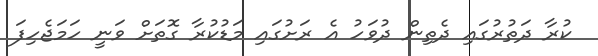
ކުރާ ދަތުރުގައި ދެތިން ދުވަހު އެ ރަށުގައި މަޑުކުރާ ގޮތަށް ވަނީ ހަމަޖެހިފަ